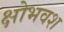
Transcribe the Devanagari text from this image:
क्षोभवश